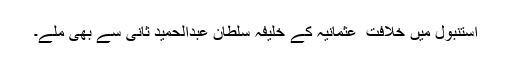
استنبول میں خلافت ِ عثمانیہ کے خلیفہ سلطان عبدالحمید ثانی سے بھی ملے۔